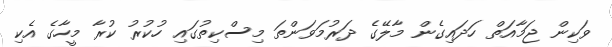
ވަކިން ޖަމާއަތް ހަދައިގެން މާލޭގެ ދަރުމަވަންތަ މިސްކިތުގައި ހުކުރު ކުރާ މީހާގެ އެކި